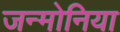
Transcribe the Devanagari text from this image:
जन्मोनिया